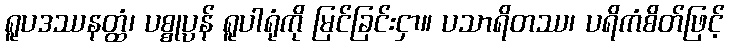
ရူပဒဿနတ္ထံ၊ ပစ္စုပ္ပန် ရူပါရုံကို မြင်ခြင်းငှာ။ ပသာရိတဿ၊ ပရိကံစိတ်ဖြင့်